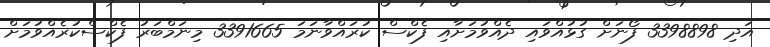
އަދި 3398898 ފޯނަށް ގުޅުއްވައި ދެއްވުމަށާއި ފެކްސް ކުރައްވާނަމަ 3391665 މިނަމްބަރު ފެކްސްކުރެއްވުމަށް